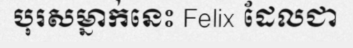
បុរសម្នាក់នេះ Felix ដែលជា